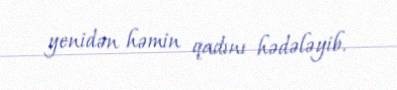
yenidən həmin qadını hədələyib.